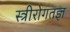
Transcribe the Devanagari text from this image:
स्त्रीरोगतज्ञ